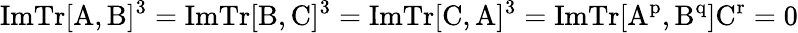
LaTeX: \mathrm{Im}\mathrm{Tr[A,B]^{3}}=\mathrm{Im}\mathrm{Tr[B,C]^{3}}=\mathrm{Im}\mathrm{Tr[C,A]^{3}}=\mathrm{Im}\mathrm{Tr[A^{p},B^{q}]C^{r}}=0